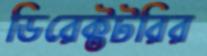
ডিরেক্টটরির